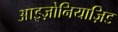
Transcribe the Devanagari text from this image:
आइज़ोनियाज़िड